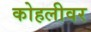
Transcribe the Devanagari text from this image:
कोहलीवर